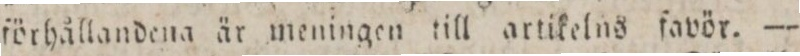
förhållandena är meningen till artikelns favör. —